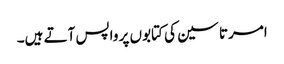
امرتا سین کی کتابوں پر واپس آتے ہیں۔